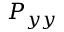
P _ { y y }